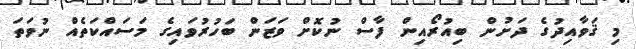
މި ޤަވާއިދުގެ ދަށުން ބިއުރޯއިން ފާސް ނުކޮށް ވަޒަން ބަހުރުވައިގެ މަސައްކަތެއް ނުވަތަ